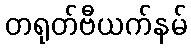
တရုတ်ဗီယက်နမ်